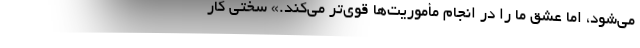
می‌شود، اما عشق ما را در انجام مأموریت‌ها قوی‌تر می‌کند.» سختی کار